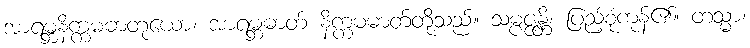
အာရမ္ဘနိက္ကမဓာတုယော၊ အာရမ္ဘဓာတ် နိက္ကမဓာတ်တို့သည်။ သမ္ပဇ္ဇန္တိ၊ ပြည့်စုံကုန်၏။ တသ္မာ၊